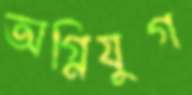
অগ্নিযুগ